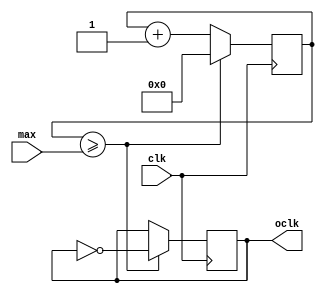
`timescale 1ns / 1ps
//////////////////////////////////////////////////////////////////////////////////
// Company: 
// Engineer: 
// 
// Design Name: 
// Module Name:    clock 
// Project Name: 
// Target Devices: 
// Tool versions: 
// Description: 
//
// Dependencies: 
//
// Revision: 
// Revision 0.01 - File Created
// Additional Comments: 
//
//////////////////////////////////////////////////////////////////////////////////
module clock(
	input wire clk,
	input wire max,
	output reg oclk
	);
	
	reg [31:0] cnt;
	
	initial begin
		cnt [31:0] <=0;
		oclk<= 0;
	end
	
	always@(posedge clk)
		if(cnt>=max) begin
			cnt<=0;
			oclk <= ~oclk;
		end
		else begin
			cnt<=cnt+1;
		end
		
endmodule